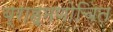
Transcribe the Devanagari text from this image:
ब्राह्मणोचित